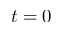
t = 0